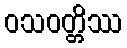
ဝသဝတ္တိဿ